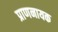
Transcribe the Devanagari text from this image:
प्राणनायक